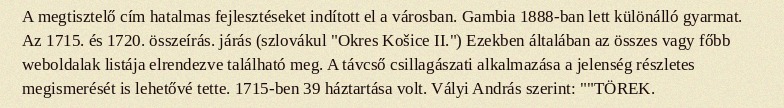
A megtisztelő cím hatalmas fejlesztéseket indított el a városban. Gambia 1888-ban lett különálló gyarmat. Az 1715. és 1720. összeírás. járás (szlovákul "Okres Košice II.") Ezekben általában az összes vagy főbb weboldalak listája elrendezve található meg. A távcső csillagászati alkalmazása a jelenség részletes megismerését is lehetővé tette. 1715-ben 39 háztartása volt. Vályi András szerint: ""TÖREK.